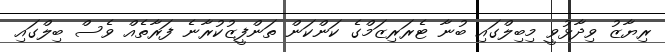
ރިޔާޒު ވިދާޅުވީ މިބިލްގައި ބުނާ ޓެރަރިޒަމްގެ ކަންކަން ތަންފީޒުކުރާނެ ފަރާތެއް ވެސް ބިލްގައި